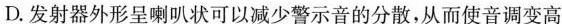
D.发射器外形呈喇叭状可以减少警示音的分散，从而使音调变高